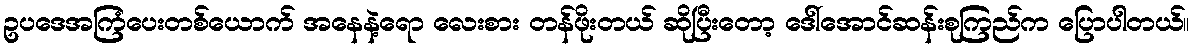
ဥပဒေအကြံပေးတစ်ယောက် အနေနဲ့ရော လေးစား တန်ဖိုးတယ် ဆိုပြီးတော့ ဒေါ်အောင်ဆန်းစုကြည်က ပြောပါတယ်။